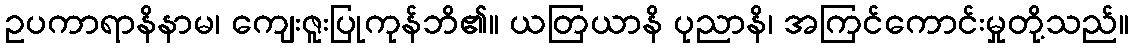
ဥပကာရာနိနာမ၊ ကျေးဇူးပြုကုန်ဘိ၏။ ယတြယာနိ ပုညာနိ၊ အကြင်ကောင်းမှုတို့သည်။